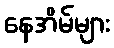
နေအိမ်များ